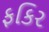
ફકિર